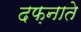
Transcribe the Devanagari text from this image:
दफ़नाते